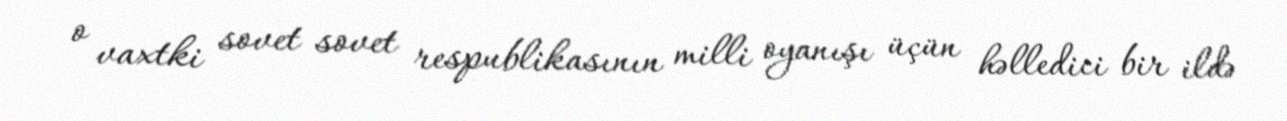
o vaxtki sovet sovet respublikasının milli oyanışı üçün həlledici bir ildə